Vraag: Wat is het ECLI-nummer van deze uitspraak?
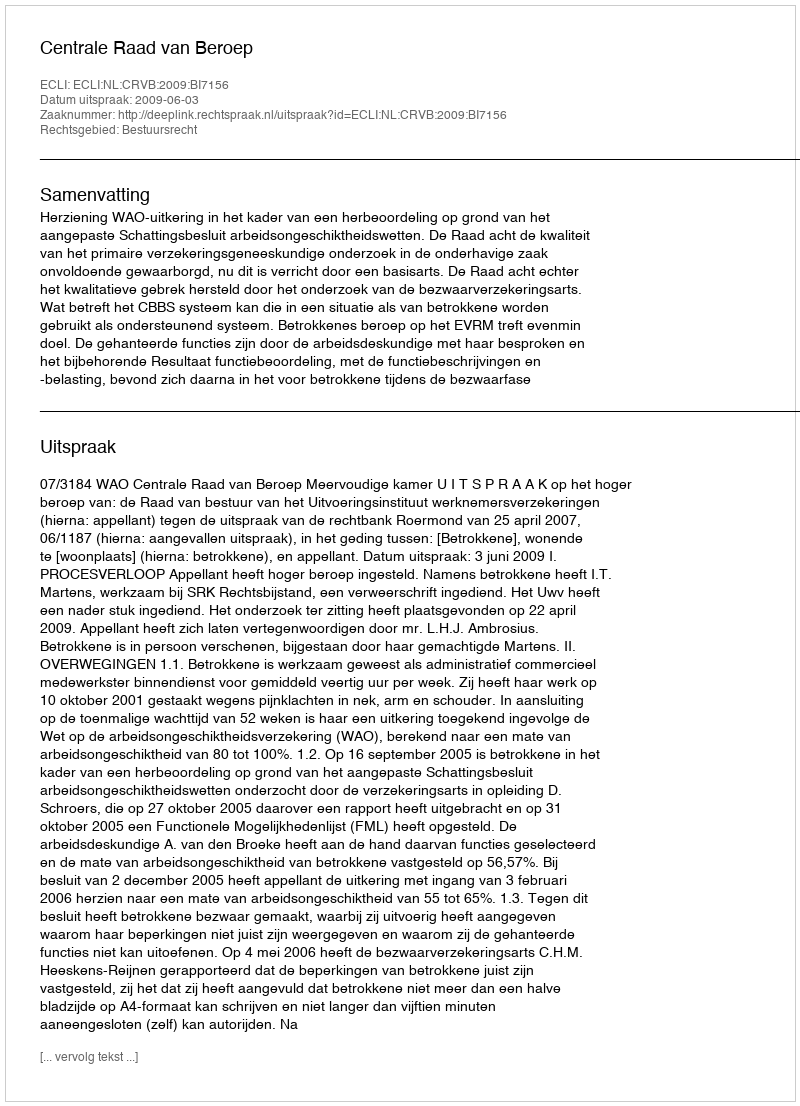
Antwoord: ECLI:NL:CRVB:2009:BI7156